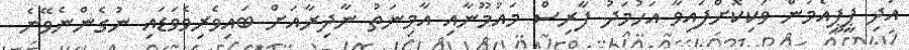
އަދި ޕީޕީއެމުން ވަކިކޮށްފައިވާ އަހުމަދު ފާރިސް މައުމޫނާއި އާމިނަތު ނާދިރާއަށް ބައިވެރިވެވަޑައި ނުގެންނެވޭނެ